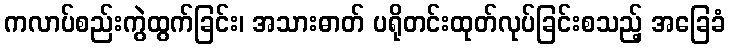
ကလာပ်စည်းကွဲထွက်ခြင်း၊ အသားဓာတ် ပရိုတင်းထုတ်လုပ်ခြင်းစသည့် အခြေခံ